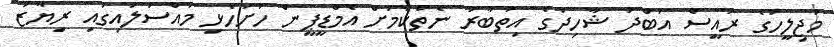
މަޖިލީހުގެ ރައީސް އަބްދު ޝާހިދުގެ އިތުބާރު ނެތްކަމަށް އެމްޑީޕީން ހުށަހެޅި މައްސަލައިގައި ރިޔާޒު